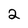
Character: 2